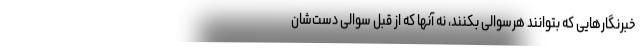
خبرنگارهایی که بتوانند هرسوالی بکنند، نه آنها که از قبل سوالی دست‌شان